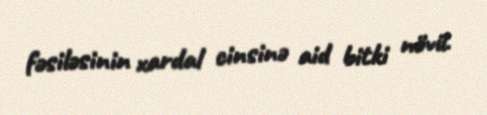
fəsiləsinin xardal cinsinə aid bitki növü.